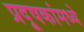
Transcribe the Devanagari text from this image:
प्रदूषकांमध्ये